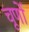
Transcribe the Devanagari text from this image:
चूर्णो